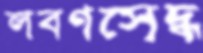
লবণসেদ্ধ